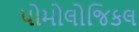
પોમોલોજિકલ